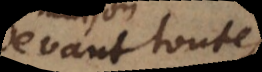
devant toutes